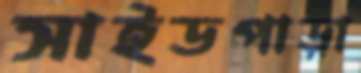
সাইডপাড়া